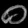
Digit: ၀